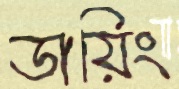
ডায়িং